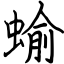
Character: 蝓